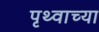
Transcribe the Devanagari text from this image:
पृथ्वाच्या